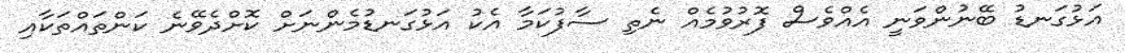
އަޅުގަނޑު ބޭނުންވަނީ އެއްވެސް ފޮރުވުމެއް ނެތި ސާފުކަމާ އެކު އަޅުގަނޑުމެންނަށް ކޮށްދެވޭނެ ކަންތައްތަކާއި